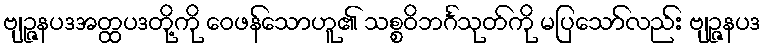
ဗျဉ္ဇနပဒအတ္ထပဒတို့ကို ဝေဖန်သောဟူ၏ သစ္စဝိဘင်္ဂသုတ်ကို မပြသော်လည်း ဗျဉ္ဇနပဒ